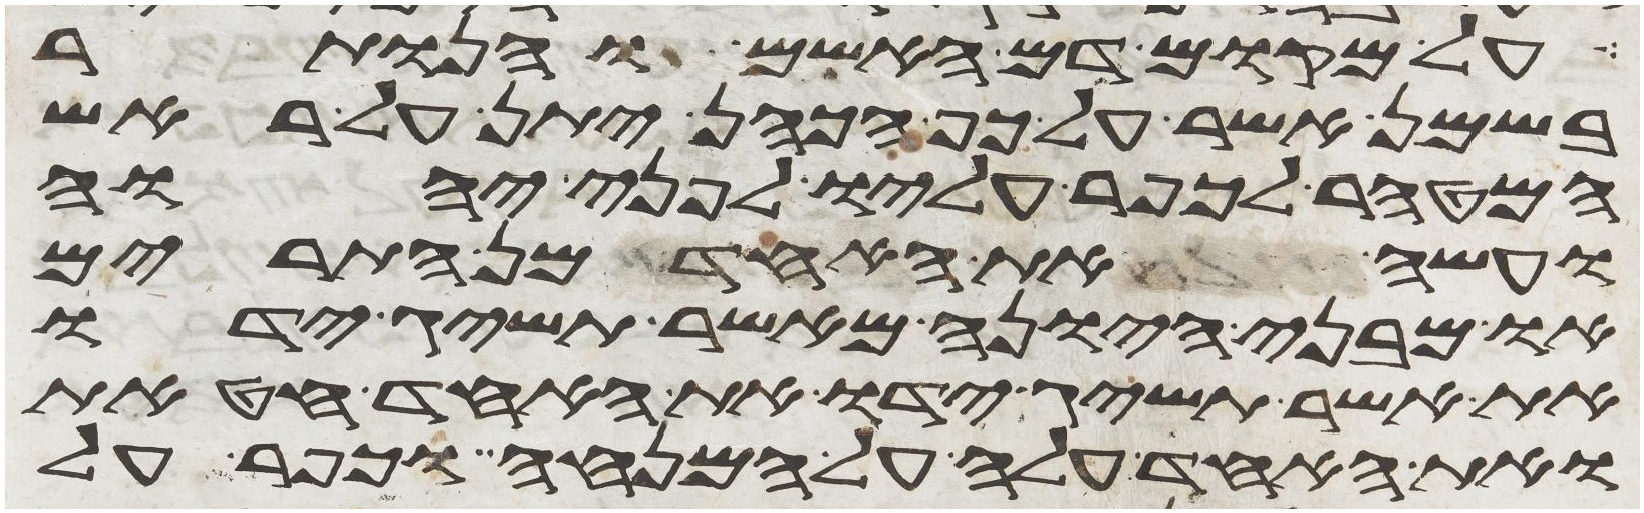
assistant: על מקום דם האשם והנותר
בשמן אשר על כף הכהן יתן על ראש
המטהר לכפר עליו לפני יהוה
ועשה את האחד מן התרים
או מבני היונה מאשר תשיג ידו
את אשר תשיג ידו את האחד חטאת
ואת האחד עלה על המנחה וכפר על